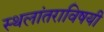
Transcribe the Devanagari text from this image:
स्थलांतराविषयी